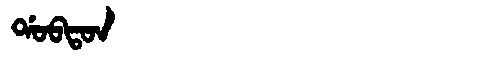
Manchu: ᡩᠣᠪᡨᠣᠨ
Romanization: DOBTON